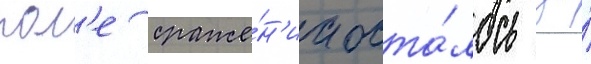
пол'е сраже́н'иа оста́лось за́